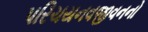
પરિચયનવજીવનનો